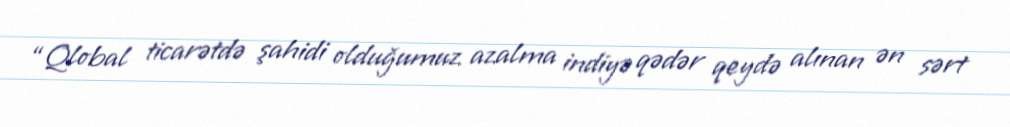
“Qlobal ticarətdə şahidi olduğumuz azalma indiyə qədər qeydə alınan ən sərt